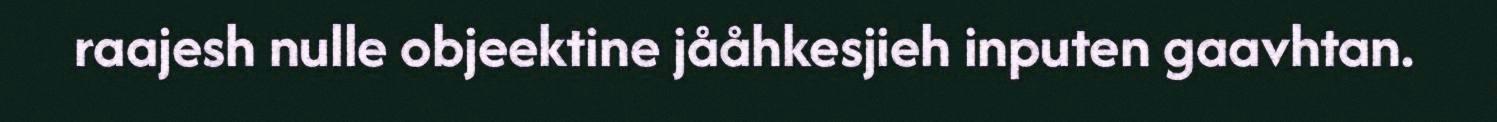
raajesh nulle objeektine jååhkesjieh inputen gaavhtan.